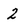
Character: 2